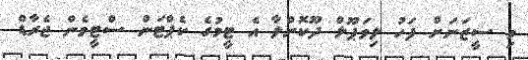
މި ސީޒަނަށް ފަހު ލިވަޕޫލް ދޫކޮށްލާ އެ ޓީމުގެ ކެޕްޓަން ސްޓީވެން ޖެރާޑް